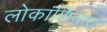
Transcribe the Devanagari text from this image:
लोकांशिवाय